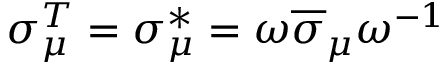
\sigma _ { \mu } ^ { T } = \sigma _ { \mu } ^ { * } = \omega { \overline { { \sigma } } } _ { \mu } \omega ^ { - 1 }